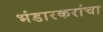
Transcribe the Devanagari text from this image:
भंडारकरांचा